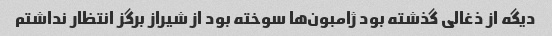
دیگه از ذغالی گذشته بود ژامبون‌ها سوخته بود از شیراز برگز انتظار نداشتم